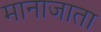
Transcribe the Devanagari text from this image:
मानाजाता